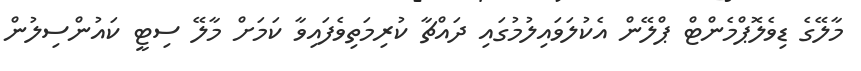
މާލޭގެ ޑިވެލޮޕްމެންޓް ޕްލޭން އެކުލަވައިލުމުގައި ދައްޗާ ކުރިމަތިވެފައިވާ ކަމަށް މާލޭ ސިޓީ ކައުންސިލުން